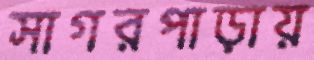
সাগরপাড়ায়